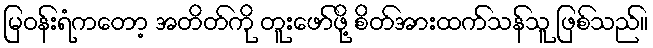
မြဝန်းရံကတော့ အတိတ်ကို တူးဖော်ဖို့ စိတ်အားထက်သန်သူ ဖြစ်သည်။